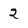
Character: 2